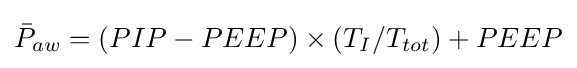
{\bar {P}}_{aw}=(PIP-PEEP)\times (T_{I}/T_{tot})+PEEP